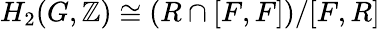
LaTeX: H_{2}(G,\mathbb{Z})\cong(R\cap[F,F])/[F,R]